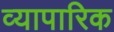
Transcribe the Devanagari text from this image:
व्‍यापारिक